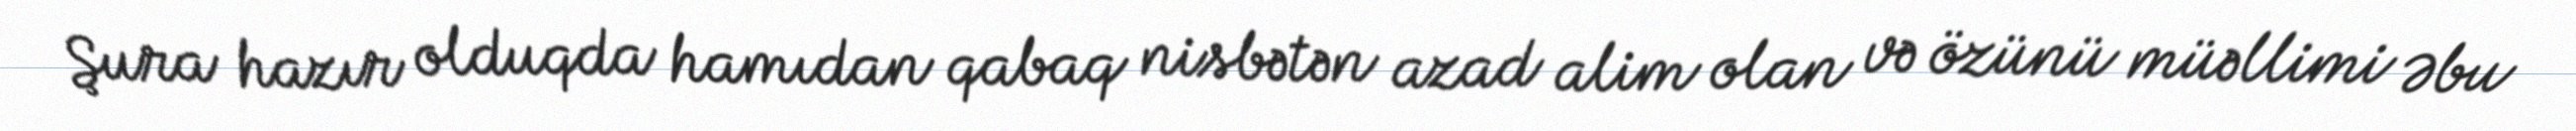
Şura hazır olduqda hamıdan qabaq nisbətən azad alim olan və özünü müəllimi Əbu